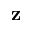
\mathbf { z }